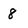
Character: 8